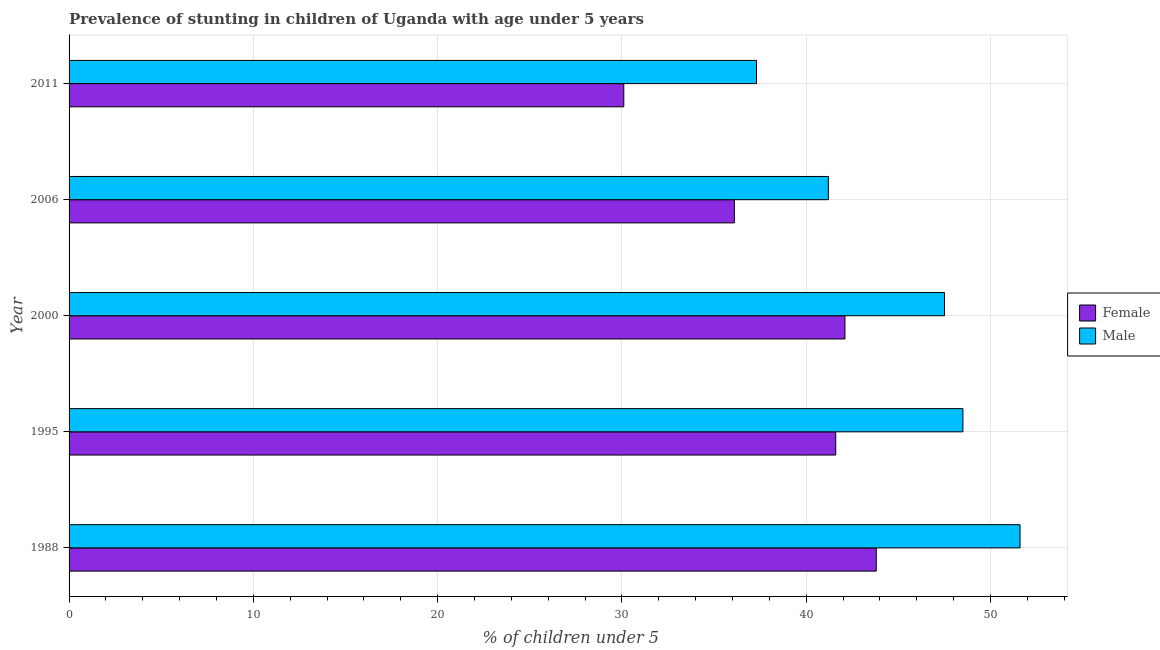
| Year | Female | Male |
 | --- | --- | --- |
 | 1988 | 43.8 | 51.6 |
 | 1995 | 41.6 | 48.5 |
 | 2000 | 42.1 | 47.5 |
 | 2006 | 36.1 | 41.2 |
 | 2011 | 30.1 | 37.3 |